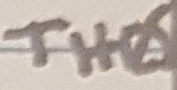
Text: THRS